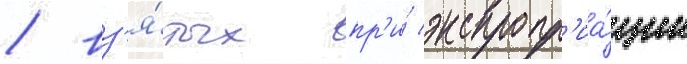
/ вз'я́тых пр'и́ экспропр'иа́ции